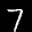
Label: 7